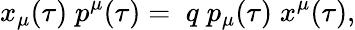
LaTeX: x_{\mu}(\tau)\; p^{\mu}(\tau)=\; q\; p_{\mu}(\tau)\; x^{\mu}(\tau),